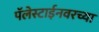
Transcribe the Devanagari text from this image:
पॅलेस्टाईनवरच्या